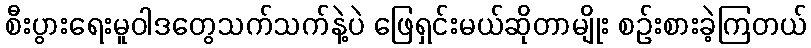
စီးပွားရေးမူဝါဒတွေသက်သက်နဲ့ပဲ ဖြေရှင်းမယ်ဆိုတာမျိုး စဉ်းစားခဲ့ကြတယ်